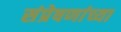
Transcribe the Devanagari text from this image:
संप्रेषणांच्या